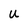
Character: U